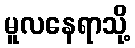
မူလနေရာသို့